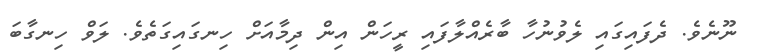
ނޫނެވެ. ދެފައިގައި ލެވުނުހާ ބާރެއްލާފައި ރީހަން އިން ދިމާއަށް ހިނގައިގަތެވެ. ލަވް ހިނގާބަ